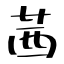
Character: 茜